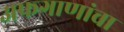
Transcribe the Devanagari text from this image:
अफगाणांचा